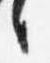
言